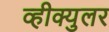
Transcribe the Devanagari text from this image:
व्हीक्युलर